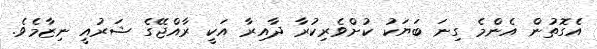
އެގޮތުން އެންމެ ގިނަ ބަޔަކު ކުށްވެރިކުރާ ދާއިރާ އަކީ ރާއްޖޭގެ ޝަރުއީ ނިޒާމެވެ.